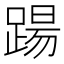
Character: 踼